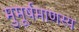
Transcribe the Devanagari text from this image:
मुमूर्षमाणस्य